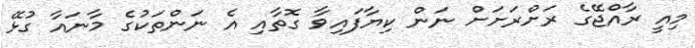
މިއީ ރާއްޖޭގެ ރަށްރަށަށް ނަން ކިޔާފައިވާ ގޮތާއި އެ ނަންތަކުގެ މާނައާ ގުޅޭ